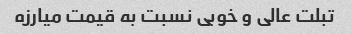
تبلت عالی و خوبی نسبت به قیمت میارزه